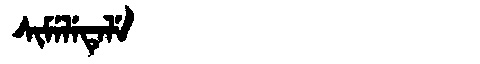
Manchu: ᠰᡳᠮᡝᠯᡝᡨᡝᠯᡝ
Romanization: SIMELETELE